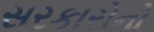
સરકારોનો